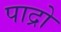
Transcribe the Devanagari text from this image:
पाद्रो